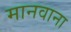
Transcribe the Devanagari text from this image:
मानवाना